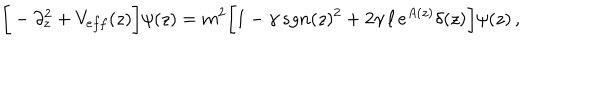
LaTeX: \bigg [ - \partial _ { z } ^ { 2 } + V _ { e f f } ( z ) \bigg ] \psi ( z ) = m ^ { 2 } \bigg [ 1 - \gamma \, s g n ( z ) ^ { 2 } + 2 \gamma \, \ell \, e ^ { A ( z ) } \delta ( z ) \bigg ] \psi ( z ) \, ,